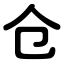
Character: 仓